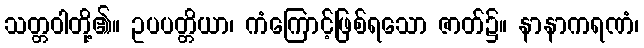
သတ္တဝါတို့၏။ ဥပပတ္တိယာ၊ ကံကြောင့်ဖြစ်ရသော ဇာတ်၌။ နာနာကရဏံ၊